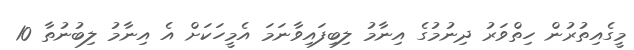
މީގެއިތުރުން ހިތްވަރު ދިނުމުގެ އިނާމު ލިބިފައިވާނަމަ އެމީހަކަށް އެ އިނާމު ލިބުނުތާ 10